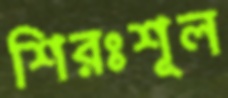
শিরঃশূল